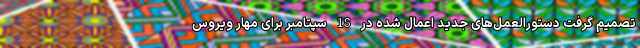
تصمیم گرفت دستورالعمل‌های جدید اعمال شده در 18 سپتامبر برای مهار ویروس